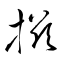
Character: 掇